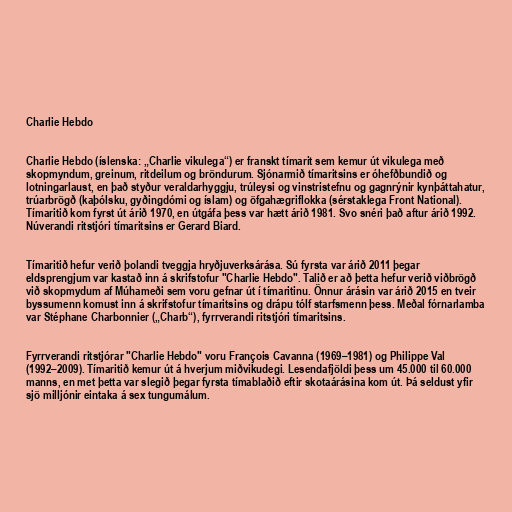
Charlie Hebdo

Charlie Hebdo (íslenska: „Charlie vikulega“) er franskt tímarit sem kemur út vikulega með
skopmyndum, greinum, ritdeilum og bröndurum. Sjónarmið tímaritsins er óhefðbundið og
lotningarlaust, en það styður veraldarhyggju, trúleysi og vinstristefnu og gagnrýnir kynþáttahatur,
trúarbrögð (kaþólsku, gyðingdómi og íslam) og öfgahægriflokka (sérstaklega Front National).
Tímaritið kom fyrst út árið 1970, en útgáfa þess var hætt árið 1981. Svo snéri það aftur árið 1992.
Núverandi ritstjóri tímaritsins er Gerard Biard.

Tímaritið hefur verið þolandi tveggja hryðjuverksárása. Sú fyrsta var árið 2011 þegar
eldsprengjum var kastað inn á skrifstofur "Charlie Hebdo". Talið er að þetta hefur verið viðbrögð
við skopmydum af Múhameði sem voru gefnar út í tímaritinu. Önnur árásin var árið 2015 en tveir
byssumenn komust inn á skrifstofur tímaritsins og drápu tólf starfsmenn þess. Meðal fórnarlamba
var Stéphane Charbonnier („Charb“), fyrrverandi ritstjóri tímaritsins.

Fyrrverandi ritstjórar "Charlie Hebdo" voru François Cavanna (1969–1981) og Philippe Val
(1992–2009). Tímaritið kemur út á hverjum miðvikudegi. Lesendafjöldi þess um 45.000 til 60.000
manns, en met þetta var slegið þegar fyrsta tímablaðið eftir skotaárásina kom út. Þá seldust yfir
sjö milljónir eintaka á sex tungumálum.